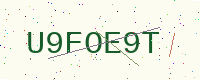
Text: U9FOE9T